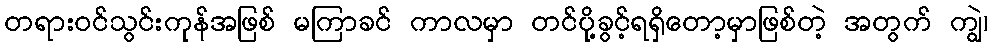
တရားဝင်သွင်းကုန်အဖြစ် မကြာခင် ကာလမှာ တင်ပို့ခွင့်ရရှိတော့မှာဖြစ်တဲ့ အတွက် ကျွဲ၊